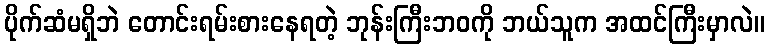
ပိုက်ဆံမရှိဘဲ တောင်းရမ်းစားနေရတဲ့ ဘုန်းကြီးဘဝကို ဘယ်သူက အထင်ကြီးမှာလဲ။